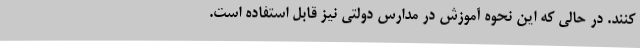
کنند. در حالی که این نحوه آموزش در مدارس دولتی نیز قابل استفاده است.